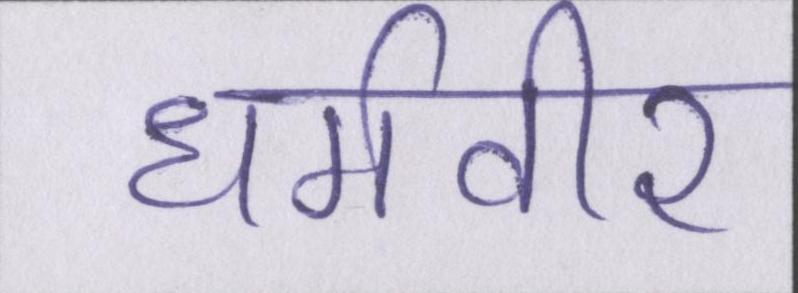
धर्मवीर